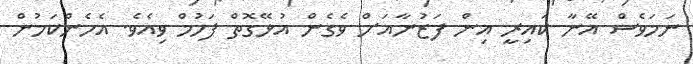
ނަމަވެސް އޭނާ ކައިރީ އިން ފަޒުނާއަށް ވެގެން އުޅޭގޮތް ފަހުމް ވިއެވެ. އެހެންކަމުން